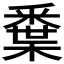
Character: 𨤘